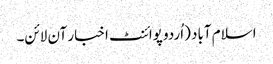
اسلام آباد (اُردو پوائنٹ اخبار آن لائن۔